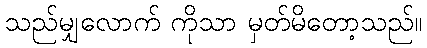
သည်မျှလောက် ကိုသာ မှတ်မိတော့သည်။